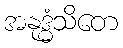
အနုဒ္ဓံသိတေ